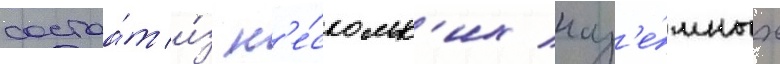
состоа́т и́з н'е́скольк'их наз'е́мных